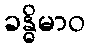
ခန္ဓိမာဝ